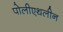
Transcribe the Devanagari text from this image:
पोलीएथलीन